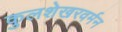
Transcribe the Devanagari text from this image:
कुलशेखरवर्मन